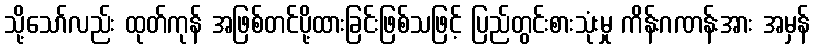
သို့သော်လည်း ထုတ်ကုန် အဖြစ်တင်ပို့ထားခြင်းဖြစ်သဖြင့် ပြည်တွင်းစားသုံးမှု ကိန်းဂဏန်းအား အမှန်